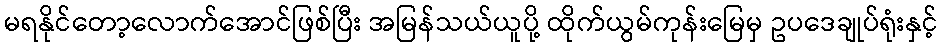
မရနိုင်တော့လောက်အောင်ဖြစ်ပြီး အမြန်သယ်ယူပို့ ထိုက်ယွမ်ကုန်းမြေမှ ဥပဒေချုပ်ရုံးနှင့်